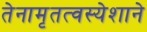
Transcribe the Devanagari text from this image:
तेनामृतत्वस्येशाने